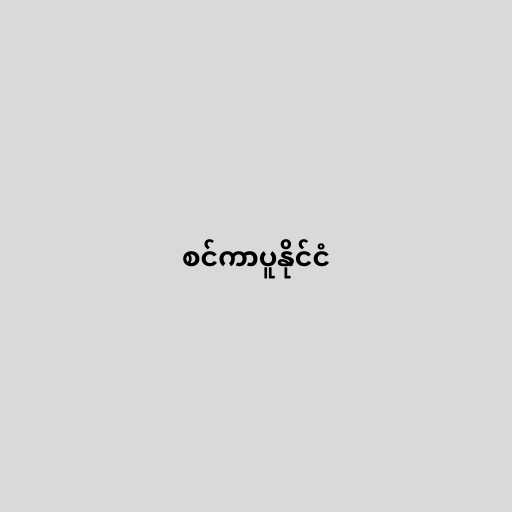
စင်ကာပူနိုင်ငံ